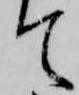
て